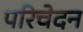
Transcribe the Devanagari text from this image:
परिचेदन